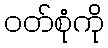
ဝတ်စုံကို